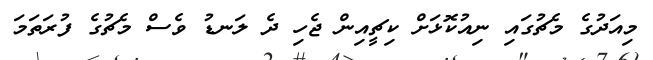
މިއަދުގެ މެޗުގައި ނިއުކޮޅަށް ކިޗީއިން ޖެހި ދެ ލަނޑު ވެސް މެޗުގެ ފުރަތަމަ